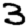
Digit: 3